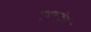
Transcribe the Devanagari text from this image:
पुञ्ञक्खेतं